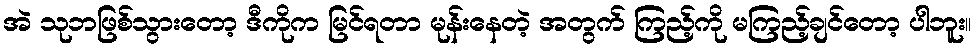
အဲ သုဘဖြစ်သွားတော့ ဒီကိုက မြင်ရတာ မုန်းနေတဲ့ အတွက် ကြည့်ကို မကြည့်ချင်တော့ ပါဘူး။